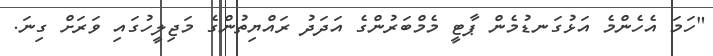
"ހަމަ އެހެންމެ އަޅުގަނޑުމެން ޕާޓީ މެމްބަރުންގެ އަދަދު ރައްޔިތުންގެ މަޖިލީހުގައި ވަރަށް ގިނަ.